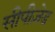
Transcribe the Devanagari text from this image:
सीपीज़ेड